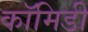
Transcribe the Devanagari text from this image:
कॉमिडी